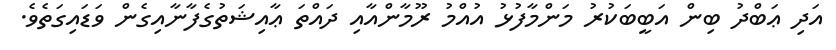
އަދި ޢަބްދު ބިން އަބީބަކުރު މަންމާފުޅު އުއްމު ރޫމާންއާއި ދައްތަ ޢާއިޝަތުގެފާނާއިގެން ވަޑައިގަތެވެ.